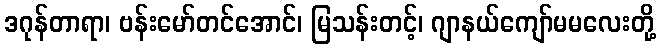
ဒဂုန်တာရာ၊ ဗန်းမော်တင်အောင်၊ မြသန်းတင့်၊ ဂျာနယ်ကျော်မမလေးတို့